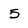
Character: 5